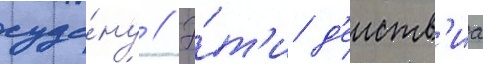
суда́ну // Э́т'и д'еиств'иа